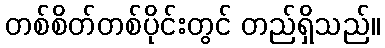
တစ်စိတ်တစ်ပိုင်းတွင် တည်ရှိသည်။